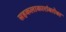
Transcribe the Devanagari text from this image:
सहकलाकारांबरोबर